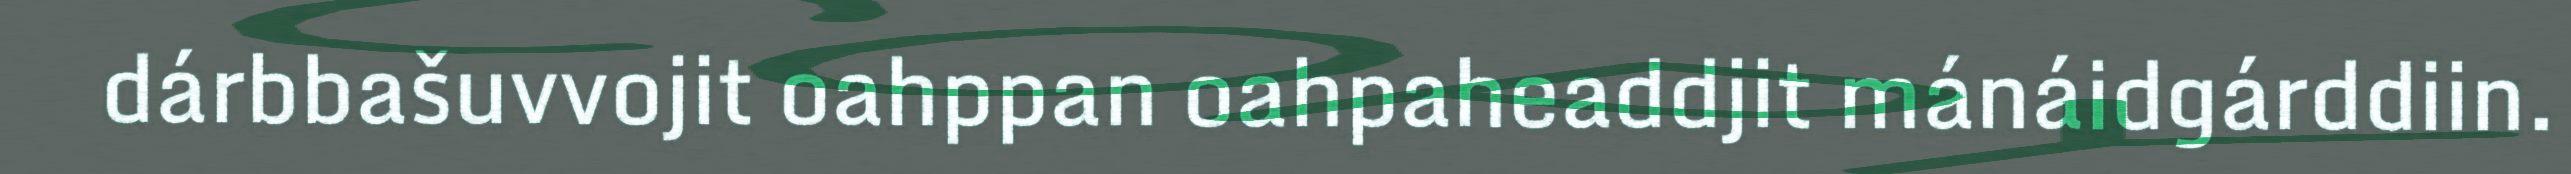
dárbbašuvvojit oahppan oahpaheaddjit mánáidgárddiin.